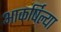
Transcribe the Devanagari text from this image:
आकर्षिल्या